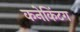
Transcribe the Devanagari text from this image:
कनेकिंटग